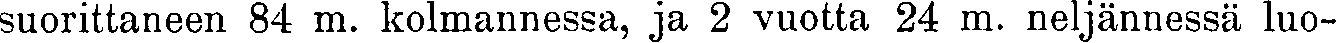
suorittaneen 84 m. kolmannessa, ja 2 vuotta 24 m. neljännessä luo-